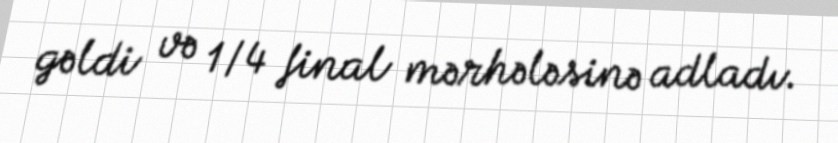
gəldi və 1/4 final mərhələsinə adladı.